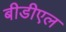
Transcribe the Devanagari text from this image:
बीडीएल